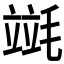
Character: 𣯞